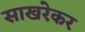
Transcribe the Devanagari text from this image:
साखरेकर